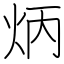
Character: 炳